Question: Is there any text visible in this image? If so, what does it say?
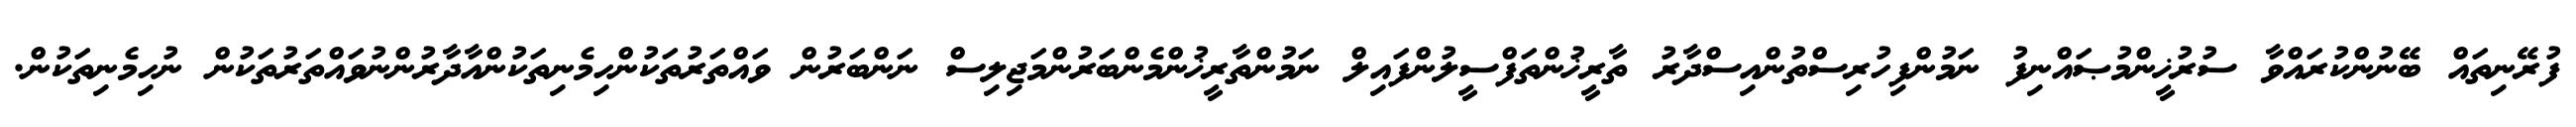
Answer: ފުރޭނިތައް ބޭނުންކުރައްވާ ސުރުޚީންމުޞައްނިފު ނަމުންފިހުރިސްތުންއިސްދާރު ތާރީޚުންތަފްސީލުންފައިލް ނަމުންތާރީޚުންމެންބަރުންމަޖިލިސް ނަންބަރުން ވައްތަރުތަކުންހިމެނިތަކުންއާދާރުންނުވައްތަރުތަކުން ނުހިމެނިތަކުން.